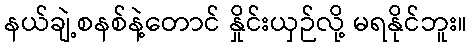
နယ်ချဲ့စနစ်နဲ့တောင် နှိုင်းယှဉ်လို့ မရနိုင်ဘူး။